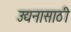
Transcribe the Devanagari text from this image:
उद्यनासाठी